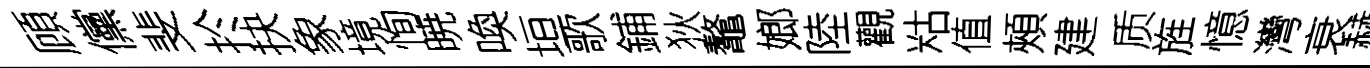
頋儻斐扵抉象境恂暁喚垣歌鋪狄鼇嫏陸觀䊀值頰建质旌憶灣衰赫